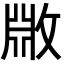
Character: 𫿆